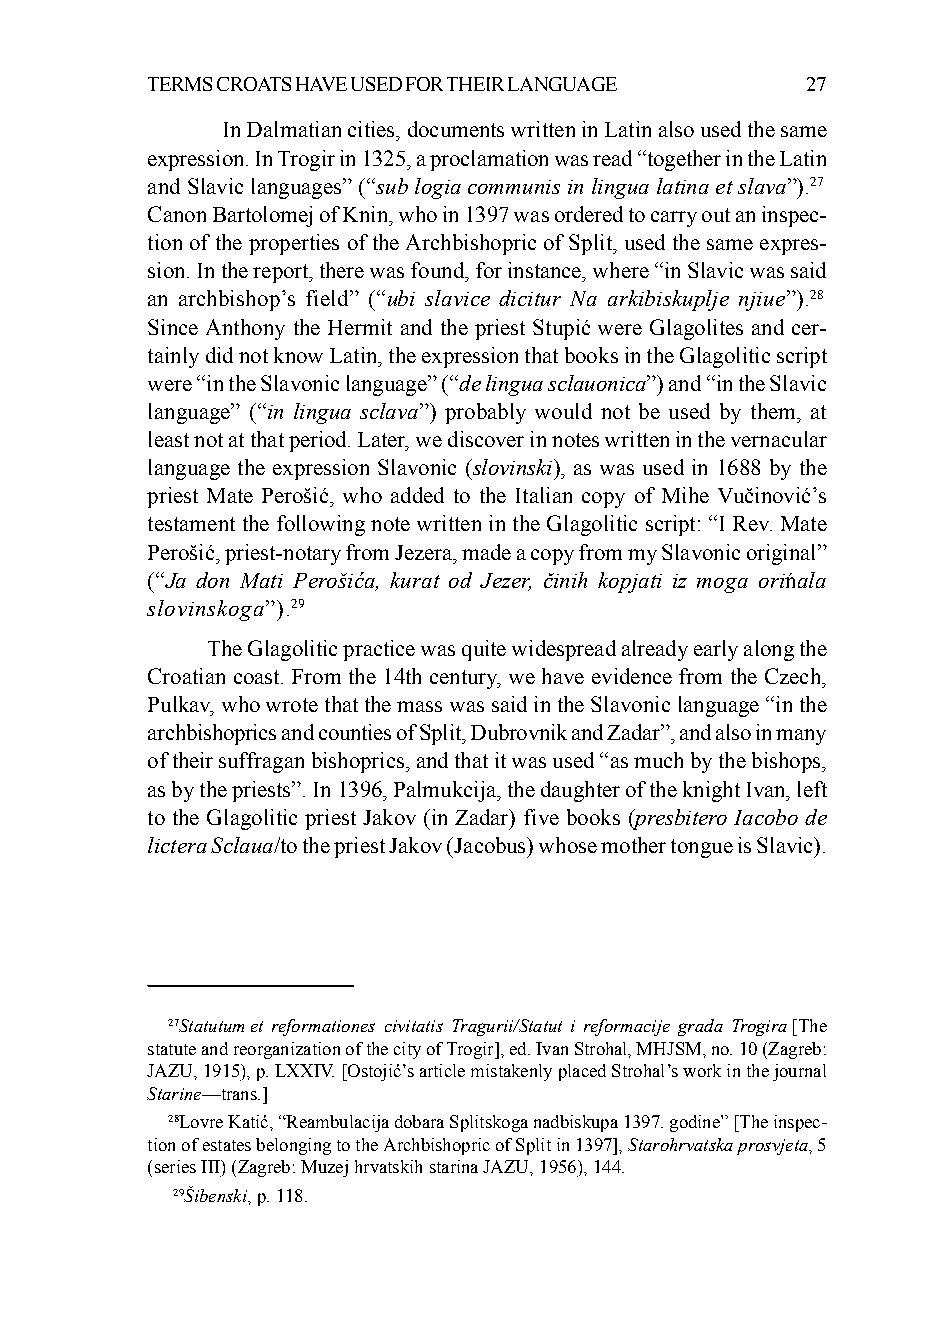
TERMS CROATS HAVE USED FOR THEIR LANGUAGE  27
 In Dalmatian cities, documents written in Latin also used the same
 expression. In Trogir in 1325, a proclamation was read “together in the Latin
 and Slavic languages” (“sub logia communis in lingua latina et slava”).27
 Canon Bartolomej of Knin, who in 1397 was ordered to carry out an inspec-
 tion of the properties of the Archbishopric of Split, used the same expres-
 sion. In the report, there was found, for instance, where “in Slavic was said
 an archbishop’s field” (“ubi slavice dicitur Na arkibiskuplje njiue”).28
 Since Anthony the Hermit and the priest Stupić were Glagolites and cer-
 tainly did not know Latin, the expression that books in the Glagolitic script
 were “in the Slavonic language” (“de lingua sclauonica”) and “in the Slavic
 language” (“in lingua sclava”) probably would not be used by them, at
 least not at that period. Later, we discover in notes written in the vernacular
 language the expression Slavonic (slovinski), as was used in 1688 by the
 priest Mate Perošić, who added to the Italian copy of Mihe Vučinović’s
 testament the following note written in the Glagolitic script: “I Rev. Mate
 Perošić, priest-notary from Jezera, made a copy from my Slavonic original”
 (“Ja don Mati Perošića, kurat od Jezer, činih kopjati iz moga orińala
 slovinskoga”).29
 The Glagolitic practice was quite widespread already early along the
 Croatian coast. From the 14th century, we have evidence from the Czech,
 Pulkav, who wrote that the mass was said in the Slavonic language “in the
 archbishoprics and counties of Split, Dubrovnik and Zadar”, and also in many
 of their suffragan bishoprics, and that it was used “as much by the bishops,
 as by the priests”. In 1396, Palmukcija, the daughter of the knight Ivan, left
 to the Glagolitic priest Jakov (in Zadar) five books (presbitero Iacobo de
 lictera Sclaua/to the priest Jakov (Jacobus) whose mother tongue is Slavic).
 27Statutum et reformationes civitatis Tragurii/Statut i reformacije grada Trogira [The
 statute and reorganization of the city of Trogir], ed. Ivan Strohal, MHJSM, no. 10 (Zagreb:
 JAZU, 1915), p. LXXIV. [Ostojić’s article mistakenly placed Strohal’s work in the journal
 Starine—trans.]
 28Lovre Katić, “Reambulacija dobara Splitskoga nadbiskupa 1397. godine” [The inspec-
 tion of estates belonging to the Archbishopric of Split in 1397], Starohrvatska prosvjeta, 5
 (series III) (Zagreb: Muzej hrvatskih starina JAZU, 1956), 144.
 29Šibenski, p. 118.